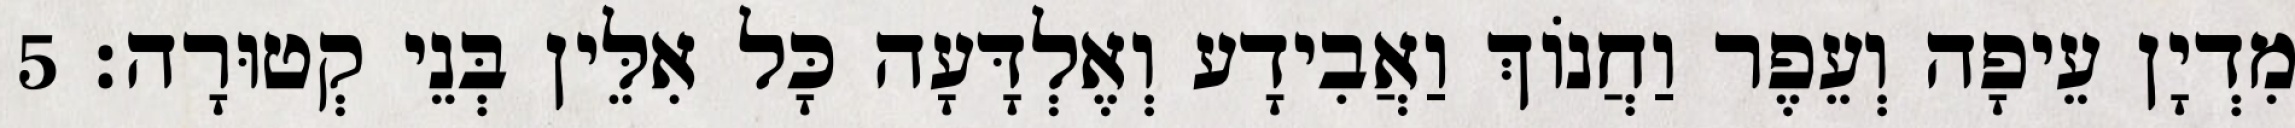
מִדְיָן עֵיפָה וְעֵפֶר וַחֲנוֹךְ וַאֲבִידָע וְאֶלְדָּעָה כָּל אִלֵּין בְּנֵי קְטוּרָה׃ 5